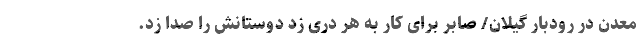
معدن در رودبار گیلان/ صابر برای کار به هر دری زد دوستانش را صدا زد.